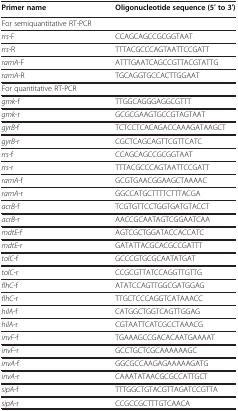
| Primer name | Oligonucleotide sequence (5′ to 3′) |
 | --- | --- |
 | <COLSPAN=2> For semiquantitative RT-PCR |
 | rrs-F | CCAGCAGCCGCGGTAAT |
 | rrs-R | TTTACGCCCAGTAATTCCGATT |
 | ramA-F | ATTTGAATCAGCCGTTACGTATTG |
 | ramA-R | TGCAGGTGCCACTTGGAAT |
 | <COLSPAN=2> For quantitative RT-PCR |
 | gmk-f | TTGGCAGGGAGGCGTTT |
 | gmk-r | GCGCGAAGTGCCGTAGTAAT |
 | gyrB-f | TCTCCTCACAGACCAAAGATAAGCT |
 | gyrB-r | CGCTCAGCAGTTCGTTCATC |
 | rrs-f | CCAGCAGCCGCGGTAAT |
 | rrs-r | TTTACGCCCAGTAATTCCGATT |
 | ramA-f | GCGTGAACGGAAGCTAAAAC |
 | ramA-r | GGCCATGCTTTTCTTTACGA |
 | acrB-f | TCGTGTTCCTGGTGATGTACCT |
 | acrB-r | AACCGCAATAGTCGGAATCAA |
 | mdtE-f | AGTCGCTGGATACCACCATC |
 | mdtE-r | GATATTACGCACGCCGATTT |
 | tolC-f | GCCCGTGCGCAATATGAT |
 | tolC-r | CCGCGTTATCCAGGTTGTTG |
 | flhC-f | ATATCCAGTTGGCGATGGAG |
 | flhC-r | TTGCTCCCAGGTCATAAACC |
 | hilA-f | CATGGCTGGTCAGTTGGAG |
 | hilA-r | CGTAATTCATCGCCTAAACG |
 | invF-f | TGAAAGCCGACACAATGAAAAT |
 | invF-r | GCCTGCTCGCAAAAAAGC |
 | invA-f | GGCGCCAAGAGAAAAAGATG |
 | invA-r | CAAATATAACGCGCCATTGCT |
 | sipA-f | TTTGGCTGTACGTTAGATCCGTTA |
 | sipA-r | CCGCCGCTTTGTCAACA |